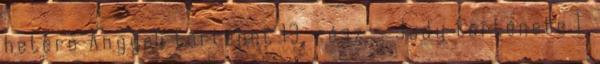
hetero Angyali történet 13. rész - Judy története 1.